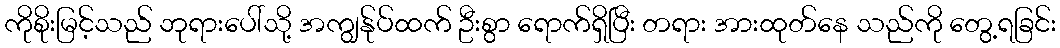
ကိုစိုးမြင့်သည် ဘုရားပေါ်သို့ အကျွန်ုပ်ထက် ဦးစွာ ရောက်ရှိပြီး တရား အားထုတ်နေ သည်ကို တွေ့ရခြင်း